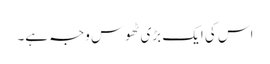
اس کی ایک بڑی ٹھوس وجہ ہے۔